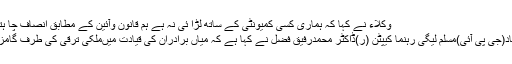
وکلاء نے کہا کہ ہماری کسی کمیونٹی کے ساتھ لڑا ئی نہ ہے ہم قانون وآئین کے مطابق انصاف چا ہتے ہیں
وزیرآباد(جی پی آئی)مسلم لیگی رہنما کیپٹن (ر)ڈاکٹر محمدرفیق فضل نے کہا ہے کہ میاں برادران کی قیادت میںملکی ترقی کی طرف گامزن ہے۔